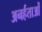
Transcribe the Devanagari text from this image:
अनर्हताओं